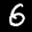
Label: 6